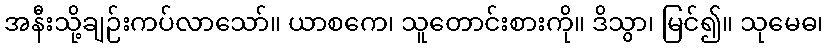
အနီးသို့ချဉ်းကပ်လာသော်။ ယာစကေ၊ သူတောင်းစားကို။ ဒိသွာ၊ မြင်၍။ သုမေဓ၊